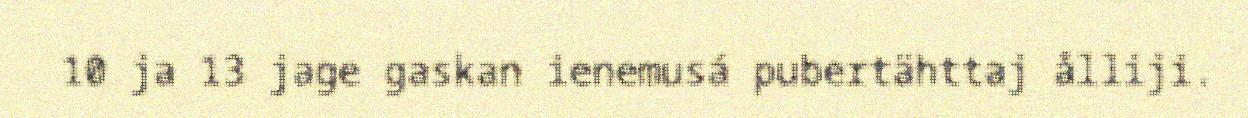
10 ja 13 jage gaskan ienemusá pubertähttaj ålliji.